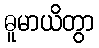
ဓူမာယိတွာ